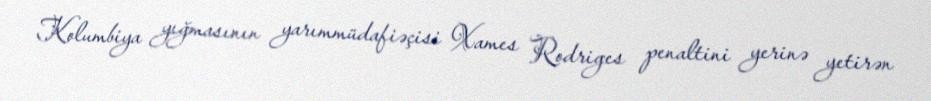
Kolumbiya yığmasının yarımmüdafiəçisi Xames Rodriges penaltini yerinə yetirən